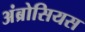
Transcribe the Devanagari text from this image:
अंब्रोसियस